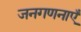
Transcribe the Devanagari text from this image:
जनगणनाएँ